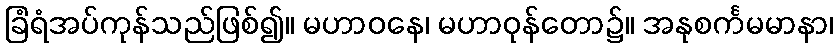
ခြံရံအပ်ကုန်သည်ဖြစ်၍။ မဟာဝနေ၊ မဟာဝုန်တော၌။ အနုစင်္ကမမာနာ၊